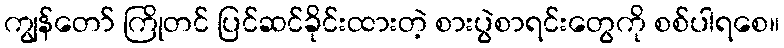
ကျွန်တော် ကြိုတင် ပြင်ဆင်ခိုင်းထားတဲ့ စားပွဲစာရင်းတွေကို စစ်ပါရစေ။